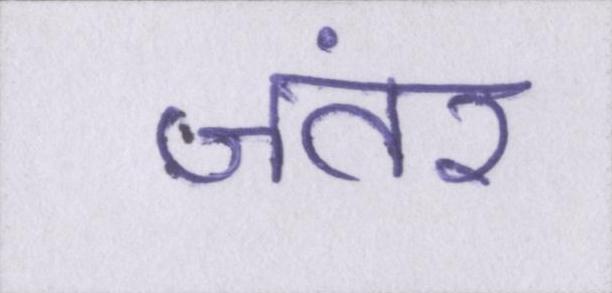
जंतर